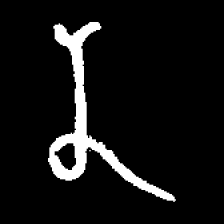
Pyu character \u2014 Myanmar letter: န (romanized: na)